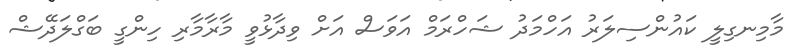
މާމިނގިލީ ކައުންސިލަރު އަހްމަދު ޝަހްރަމް އަވަސް އަށް ވިދާޅުވީ މާރާމާރި ހިންގީ ބަގްލަދޭޝް